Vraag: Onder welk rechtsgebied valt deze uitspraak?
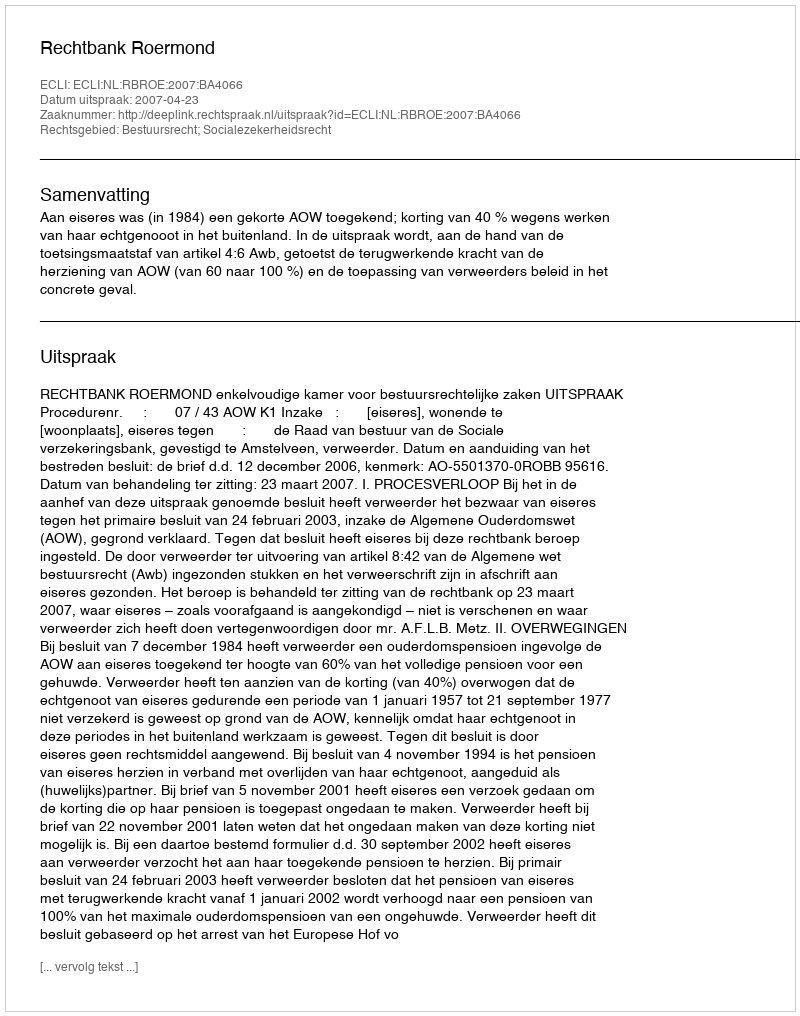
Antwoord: Bestuursrecht; Socialezekerheidsrecht